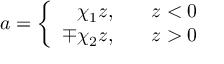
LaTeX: a = \left\{ \begin{array} { r l } { { \chi _ { 1 } z , } } & { { \; \ \ z < 0 } } \\ { { \mp \chi _ { 2 } z , } } & { { \; \ \ z > 0 } } \end{array} \right.